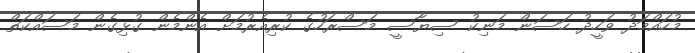
މުހައްމަދު ވަހީދު ހަސަން މަނިކު ސިޔާސީ މަސްރަހުގެ ކުރިއެރުމަށް އެންމެން ގުޅިގެން މަސައްކަތް